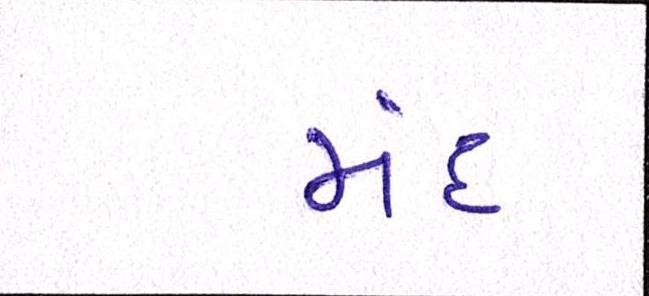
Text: મંદ